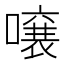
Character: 𫬄